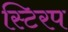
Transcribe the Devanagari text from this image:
स्टिरप